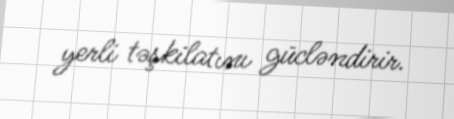
yerli təşkilatını gücləndirir.